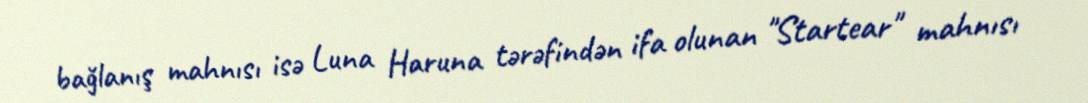
bağlanış mahnısı isə Luna Haruna tərəfindən ifa olunan "Startear" mahnısı